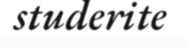
studerite